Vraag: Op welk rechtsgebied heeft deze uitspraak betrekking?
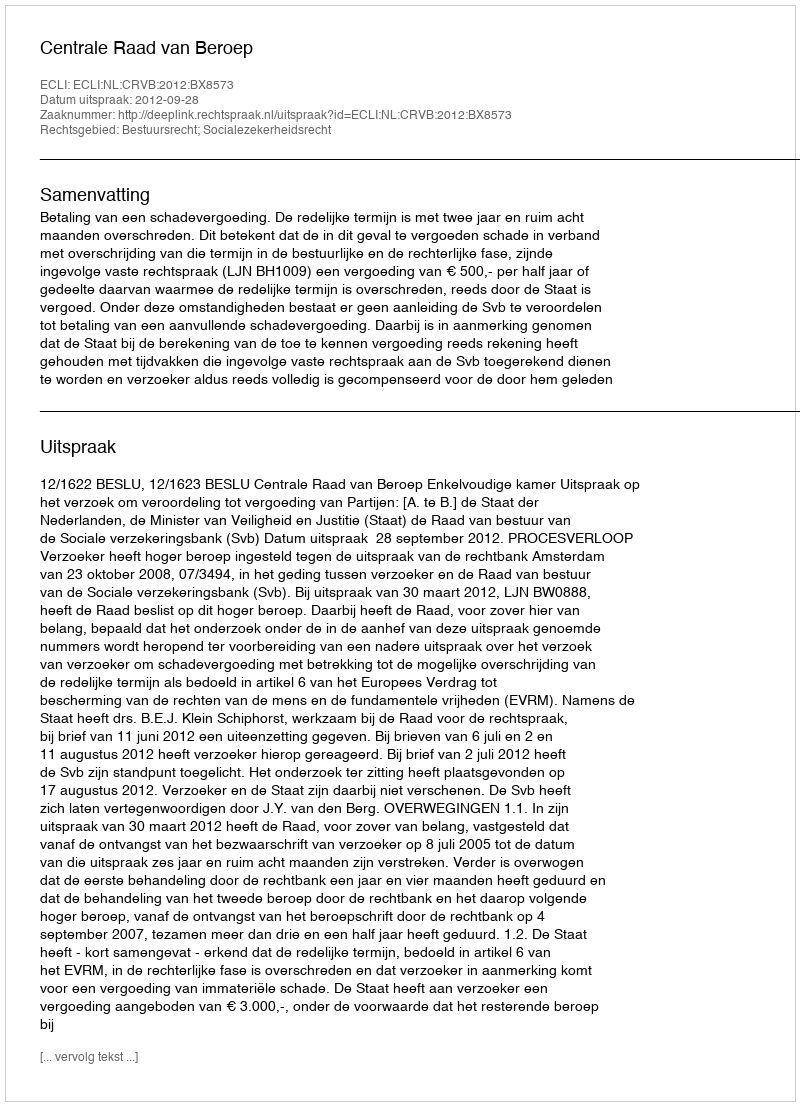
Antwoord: Bestuursrecht; Socialezekerheidsrecht